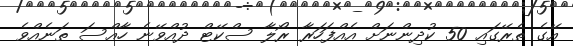
އޭގެ ތެރޭގައި 50 ކުދިންނަށް އެއްފަހަރާ ރޯލާ ސްކޭޓް ދުއްވޭނެ ހާއްސަ ތަނެއްވެ